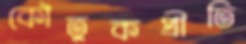
কৌতুকপ্রীতি